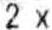
2 X